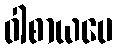
ဝါစာယပေ